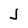
Character: J